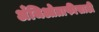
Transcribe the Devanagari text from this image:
अँजिओग्राफीसाठी